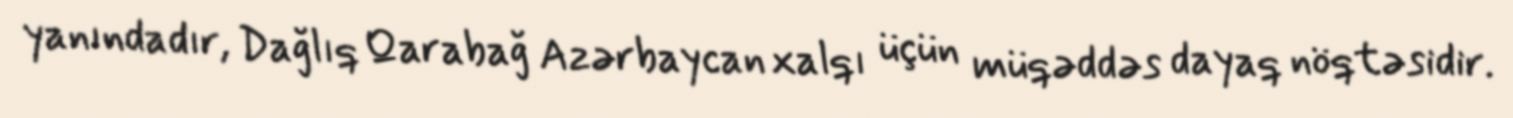
yanındadır, Dağlıq Qarabağ Azərbaycan xalqı üçün müqəddəs dayaq nöqtəsidir.